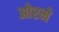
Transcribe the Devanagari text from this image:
ओरमे